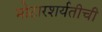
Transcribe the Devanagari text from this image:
मोटारशर्यतीची